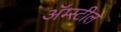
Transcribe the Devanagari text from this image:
अॅम्स्टील